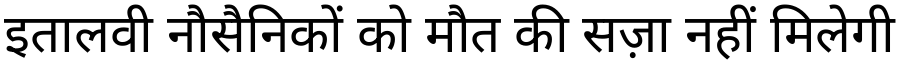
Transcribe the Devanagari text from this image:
इतालवी नौसैनिकों को मौत की सज़ा नहीं मिलेगी